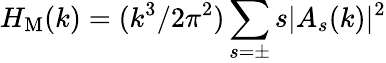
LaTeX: H_{\mathrm{M}}(k)=(k^{3}/2\pi^{2})\sum_{s=\pm}s|A_{s}(k)|^{2}